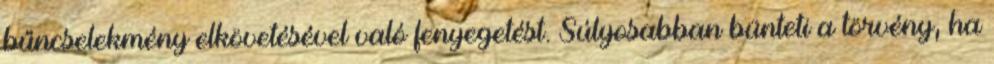
bűncselekmény elkövetésével való fenyegetést. Súlyosabban bünteti a törvény, ha